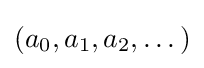
(a_{0},a_{1},a_{2},\dots )